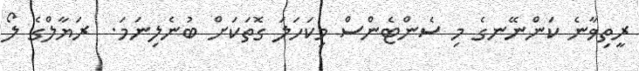
ރީތިވާނެ ކަންނޭނގެ މި ސެންޓެންސް މިކަހަލަ ގޮތަކަށް ބުނެލިނަމަ.  ރަޔާލްގެ ލޯ